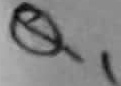
Text: Q1